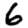
Digit: 6